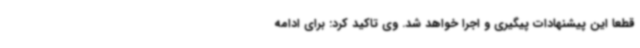
قطعا این پیشنهادات پیگیری و اجرا خواهد شد. وی تاکید کرد: برای ادامه